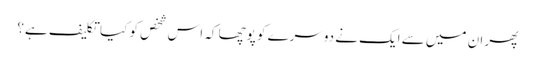
پھر ان میں سے ایک نے دوسرے کو پوچھا کہ اس شخص کو کیا تکلیف ہے؟